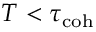
T < \tau _ { \mathrm { c o h } }